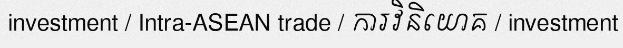
investment / Intra-ASEAN trade / ការវិនិយោគ / investment